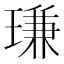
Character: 㻩